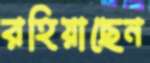
রহিয়াছেন